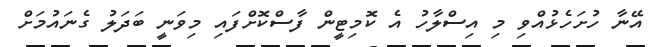
އޭނާ ހުށަހެޅުއްވި މި އިސްލާހު އެ ކޮމިޓީން ފާސްކޮށްފައި މިވަނީ ބަދަލު ގެނައުމަށް